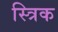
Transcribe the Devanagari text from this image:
स्त्रिक